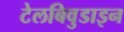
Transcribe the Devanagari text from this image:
टेलबिवुडाइन